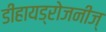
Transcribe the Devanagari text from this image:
डीहायड्रोजनीज्